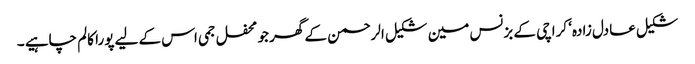
شکیل عادل زادہ‘ کراچی کے بزنس مین شکیل الرحمن کے گھر جو محفل جمی اس کے لیے پورا کالم چاہیے ۔